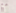
مع